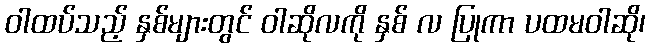
ဝါထပ်သည့် နှစ်များတွင် ဝါဆိုလကို နှစ် လ ပြုကာ ပထမဝါဆို၊